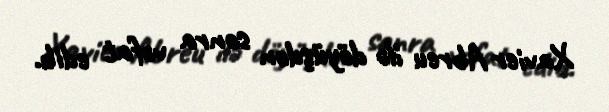
Xavier Abreu ilə döyüşdən sonra vəfat edib.